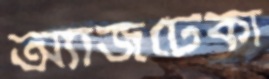
অ্যাজটেকা